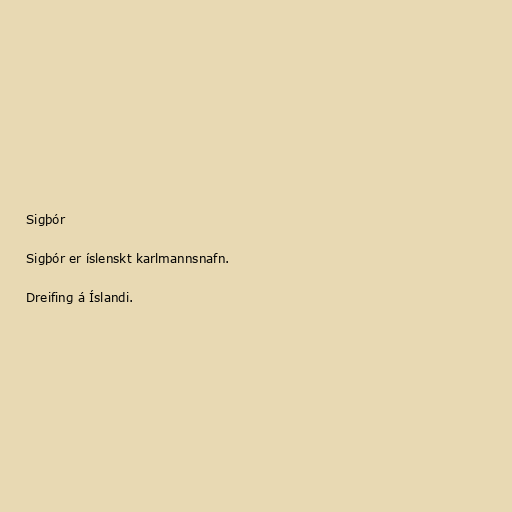
Sigþór

Sigþór er íslenskt karlmannsnafn.

Dreifing á Íslandi.